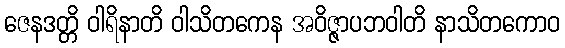
ဇေနဒတ္တိ ဝါရိနာတိ ဝါသိတကေန အဝိဇ္ဇာပဘဝါတိ နာသိတကောဝ